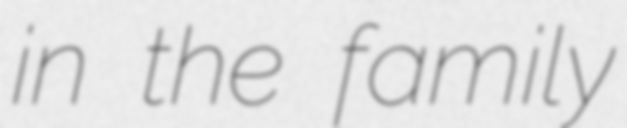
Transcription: in the family